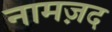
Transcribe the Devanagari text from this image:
नामज़द